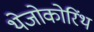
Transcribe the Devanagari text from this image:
थेजोकोरिंथ